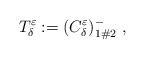
LaTeX: \begin{align*}T^\varepsilon_\delta := (C^\varepsilon_\delta)_{1 \# 2}^- \ ,\end{align*}